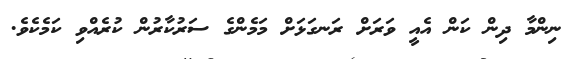
ނިންމާ ދިން ކަން އެއީ ވަރަށް ރަނގަޅަށް މަމެންގެ ސަރުކާރުން ކުރެއްވި ކަމެކެވެ.